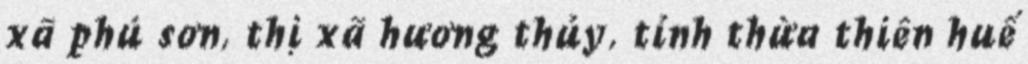
xã phú sơn, thị xã hương thủy, tỉnh thừa thiên huế